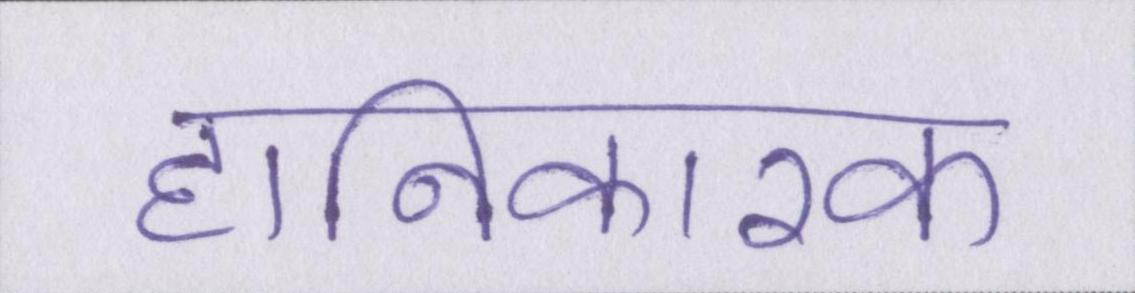
हानिकारक